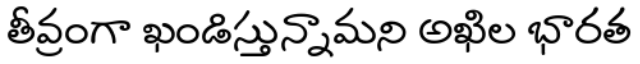
తీవ్రంగా ఖండిస్తున్నామని అఖిల భారత